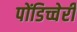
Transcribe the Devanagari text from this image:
पोंडिच्चेरी